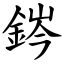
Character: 䤫